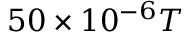
5 0 \times 1 0 ^ { - 6 } T